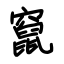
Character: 窜